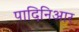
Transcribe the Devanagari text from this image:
पादिनिआर